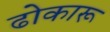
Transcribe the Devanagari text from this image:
ढोकारू